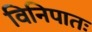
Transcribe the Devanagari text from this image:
विनिपातः